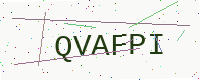
Text: QVAFPI